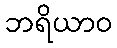
ဘရိယာဝ